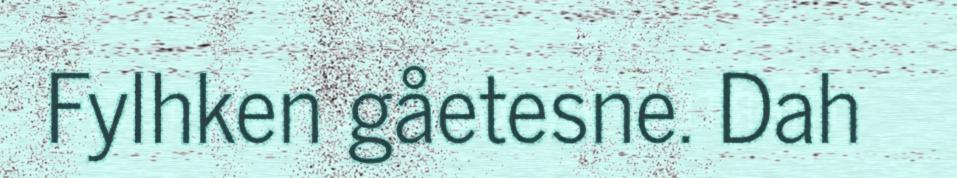
Fylhken gåetesne. Dah